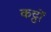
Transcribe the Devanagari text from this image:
कट्ठों